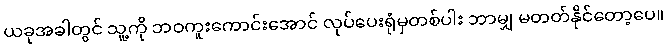
ယခုအခါတွင် သူ့ကို ဘဝကူးကောင်းအောင် လုပ်ပေးရုံမှတစ်ပါး ဘာမျှ မတတ်နိုင်တော့ပေ။